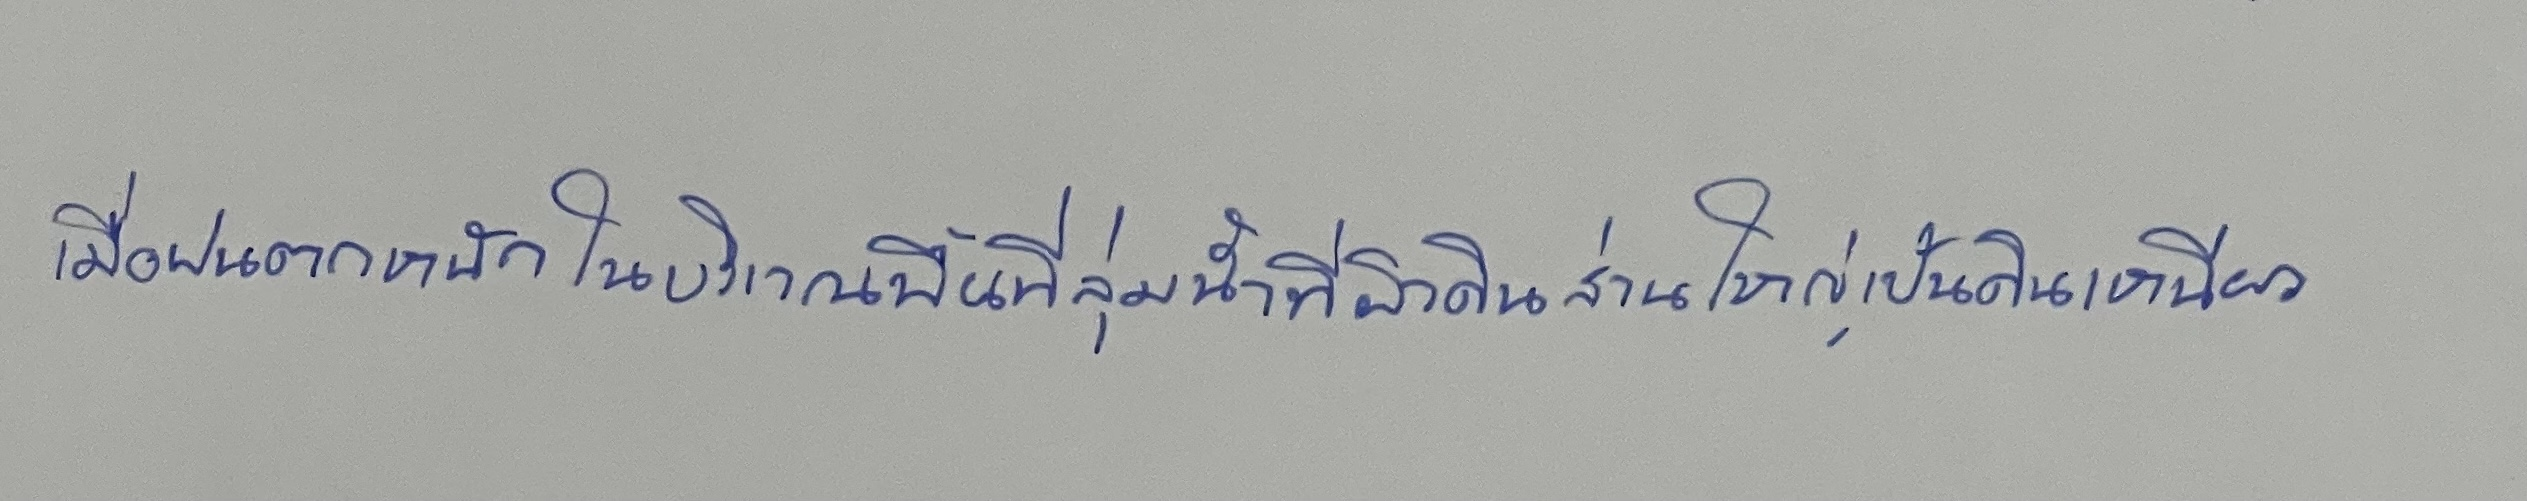
เมื่อฝนตกหนักในบริเวณพื้นที่ลุ่มน้ำที่ผิวดินส่วนใหญ่เป็นดินเหนียว